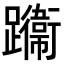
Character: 𨇙